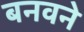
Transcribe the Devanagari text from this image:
बनवने